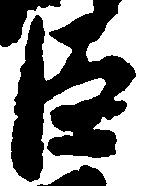
臣